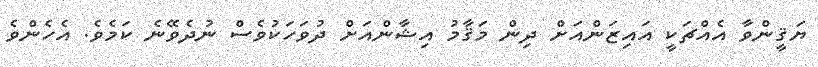
ޔަޤީންވާ އެއްޗަކީ އައިޒަންއަށް ދިން މަޤާމު އިޝާންއަށް ދުވަހަކުވެސް ނުދެވޭނެ ކަމެވެ. އެހެންވެ